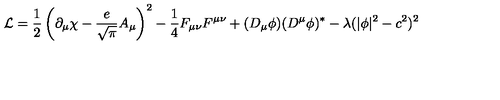
{ \cal L } = \frac { 1 } { 2 } \left( \partial _ { \mu } \chi - \frac { e } { \sqrt { \pi } } A _ { \mu } \right) ^ { 2 } - \frac { 1 } { 4 } F _ { \mu \nu } F ^ { \mu \nu } + ( D _ { \mu } \phi ) ( D ^ { \mu } \phi ) ^ { * } - \lambda ( | \phi | ^ { 2 } - c ^ { 2 } ) ^ { 2 }